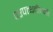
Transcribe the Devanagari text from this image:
परपत्थदीपनी